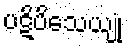
ပဋိပိသေယျုံ